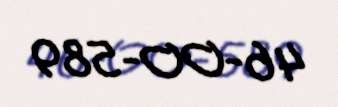
46-OO-589